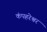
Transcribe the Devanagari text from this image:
कंपहरेश्वर